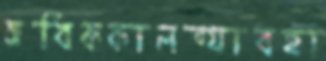
অধিককালব্যাবহা